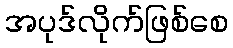
အပုဒ်လိုက်ဖြစ်စေ